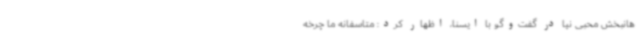
هانبخش محبی‌ نیا در گفت‌وگو با ایسنا، اظهار کرد: متاسفانه ما چرخه